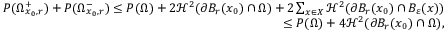
\begin{array} { r } { P ( \Omega _ { x _ { 0 } , r } ^ { + } ) + P ( \Omega _ { x _ { 0 } , r } ^ { - } ) \leq P ( \Omega ) + 2 \mathcal H ^ { 2 } ( \partial B _ { r } ( x _ { 0 } ) \cap \Omega ) + 2 \sum _ { x \in X } \mathcal H ^ { 2 } ( \partial B _ { r } ( x _ { 0 } ) \cap B _ { \varepsilon } ( x ) ) } \\ { \leq P ( \Omega ) + 4 \mathcal H ^ { 2 } ( \partial B _ { r } ( x _ { 0 } ) \cap \Omega ) , } \end{array}